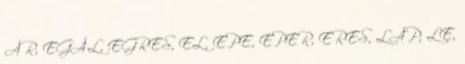
ÁR, EGÁL, EGRES, EL, EPE, EPER, ERES, LÁP, LE,